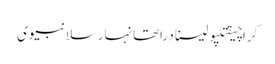
کراچیقتلپولیسنادراتھانہارسلانبیوی